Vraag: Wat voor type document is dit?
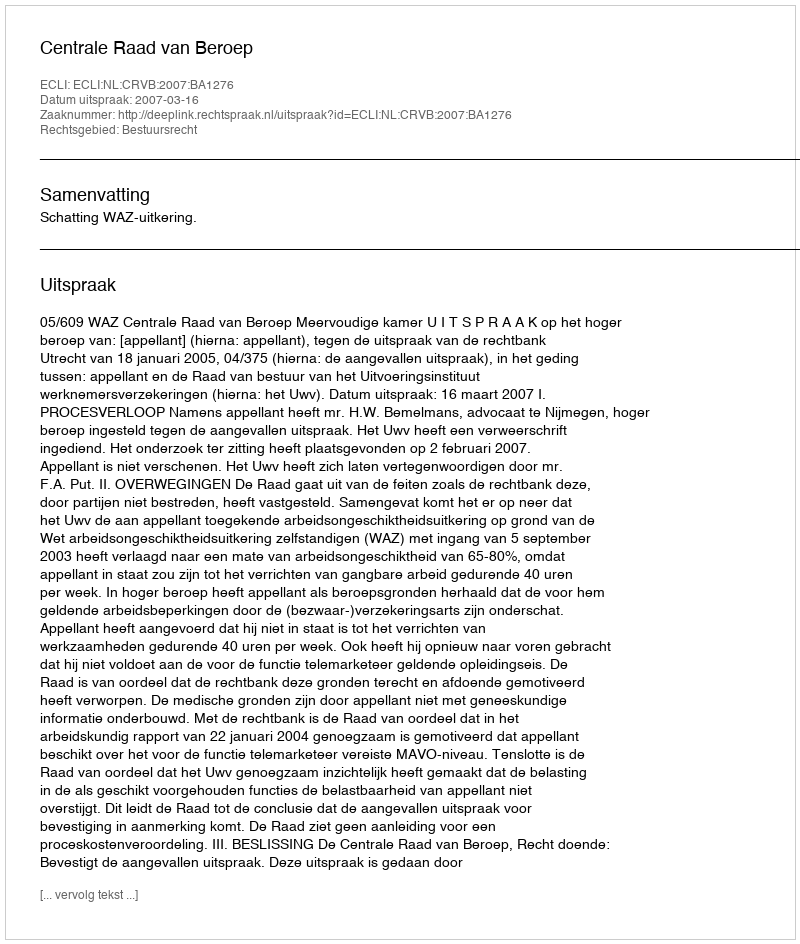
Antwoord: Uitspraak